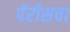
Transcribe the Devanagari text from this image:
पॅरीसचा